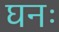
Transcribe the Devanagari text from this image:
घनः